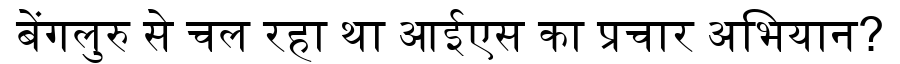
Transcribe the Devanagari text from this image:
बेंगलुरु से चल रहा था आईएस का प्रचार अभियान?